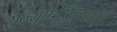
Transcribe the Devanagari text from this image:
राज्याभिषेकासंबंधी